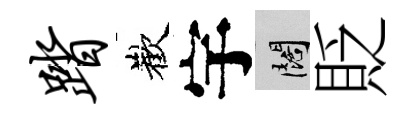
踏歡宇闊貶